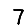
Digit: 7